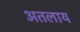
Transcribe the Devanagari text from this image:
अतलाय